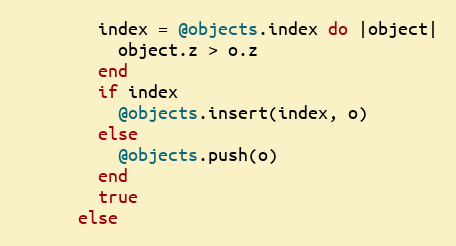
Language: Ruby
        index = @objects.index do |object|
          object.z > o.z
        end
        if index
          @objects.insert(index, o)
        else
          @objects.push(o)
        end
        true
      else